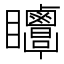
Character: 𥍗